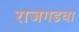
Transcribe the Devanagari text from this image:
राजगडचा